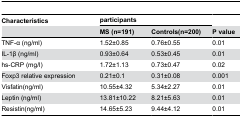
<table><thead><tr><td><b>Characteristics</b></td><td colspan="2"><b>participants</b></td><td></td></tr><tr><td></td><td><b>MS (n=191)</b></td><td><b>Controls(n=200)</b></td><td><b>P value</b></td></tr></thead><tbody><tr><td>TNF-α (ng/ml)</td><td>1.52±0.85</td><td>0.76±0.55</td><td>0.01</td></tr><tr><td>IL-1β (ng/ml)</td><td>0.93±0.64</td><td>0.53±0.45</td><td>0.01</td></tr><tr><td>hs-CRP (mg/l)</td><td>1.72±1.13</td><td>0.73±0.47</td><td>0.02</td></tr><tr><td>Foxp3 relative expression</td><td>0.21±0.1</td><td>0.31±0.08</td><td>0.001</td></tr><tr><td>Visfatin(ng/ml)</td><td>10.55±4.32</td><td>5.34±2.27</td><td>0.01</td></tr><tr><td>Leptin (ng/ml) </td><td>13.81±10.22</td><td>8.21±5.63</td><td>0.01</td></tr><tr><td>Resistin(ng/ml)</td><td>14.65±5.23</td><td>9.44±4.12</td><td>0.01</td></tr></tbody></table>